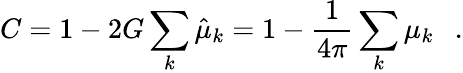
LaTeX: C=1-2G\sum_{k}\hat{\mu}_{k}=1-{\frac{1}{4\pi}}\sum_{k}\mu_{k}~~~.